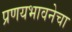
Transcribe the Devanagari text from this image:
प्रणयभावनेचा